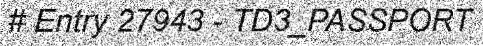
# Entry 27943 - TD3_PASSPORT